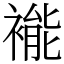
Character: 褦